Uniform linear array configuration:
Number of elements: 48
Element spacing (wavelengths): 0.25
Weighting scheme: hann
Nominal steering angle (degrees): -45
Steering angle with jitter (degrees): -45.02
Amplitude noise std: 0.05
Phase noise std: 0.05

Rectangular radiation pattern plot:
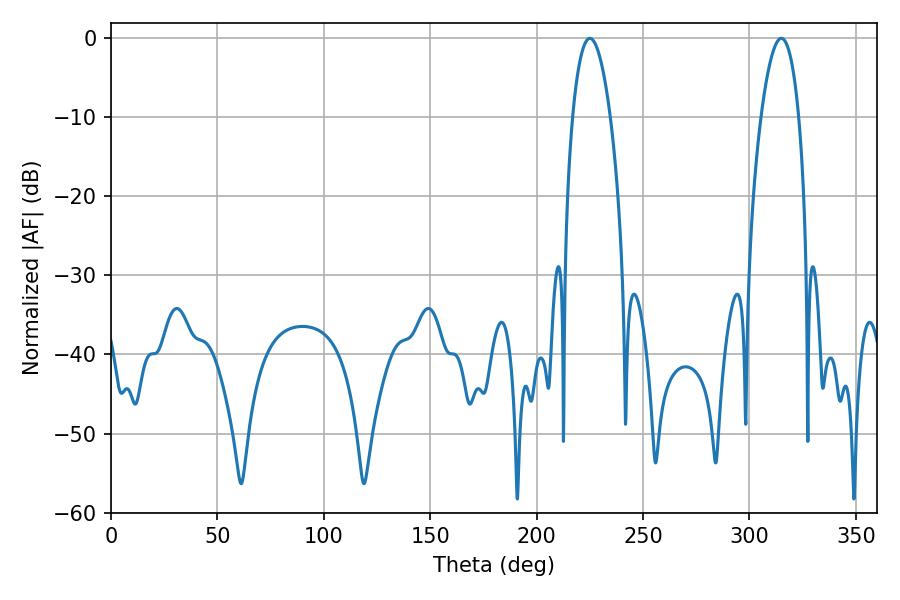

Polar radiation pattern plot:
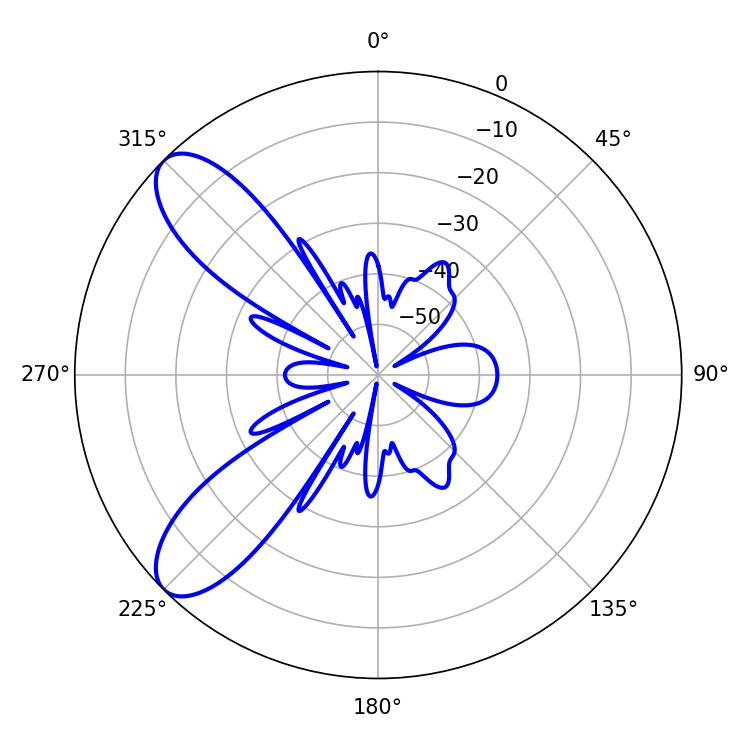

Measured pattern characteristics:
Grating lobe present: FALSE
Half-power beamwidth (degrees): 9.9
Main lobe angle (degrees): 225